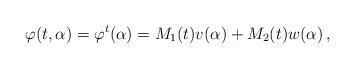
LaTeX: \begin{align*}\varphi(t, \alpha)=\varphi^t(\alpha)=M_1(t)v(\alpha)+M_2(t)w(\alpha)\,,\end{align*}